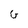
Character: G